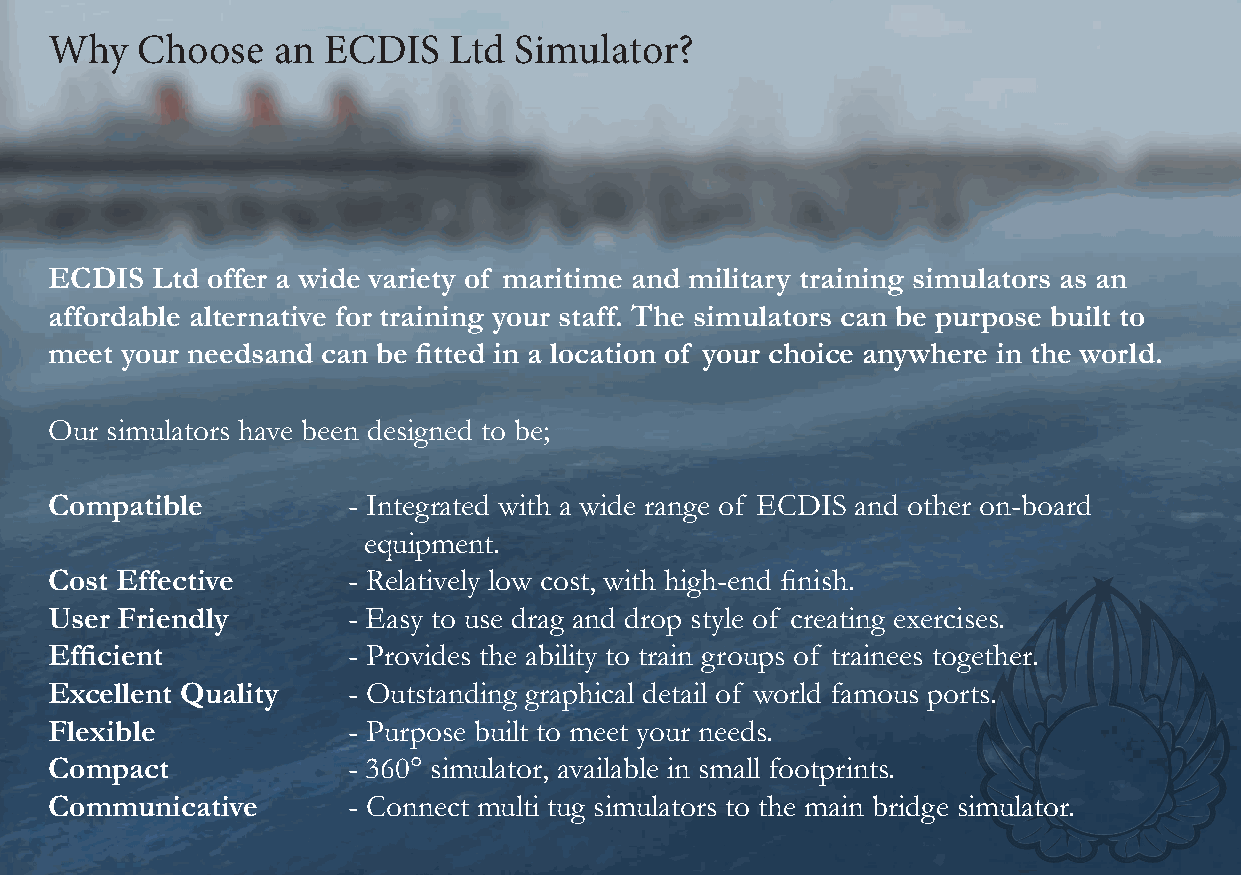
Why   Choose   an ECDIS    Ltd Simulator?
 ECDIS  Ltd offer a wide variety of maritime and military training simulators as an
 affordable alternative for training your staff. The simulators can be purpose built to
 meet your needsand can be fitted in a location of your choice anywhere in the world.
 Our simulators have been designed to be;
 Compatible          - Integrated with a wide range of ECDIS and other on-board
 equipment.
 Cost Effective      - Relatively low cost, with high-end finish.
 User Friendly       - Easy to use drag and drop style of creating exercises.
 Efficient           - Provides the ability to train groups of trainees together.
 Excellent Quality   - Outstanding graphical detail of world famous ports.
 Flexible            - Purpose built to meet your needs.
 Compact             - 360° simulator, available in small footprints.
 Communicative       - Connect multi tug simulators to the main bridge simulator.